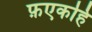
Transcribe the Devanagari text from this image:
फ़एकहि